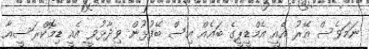
ނަމަވެސް އޭރު އެއީ އެމްޑީޕީގެ ބައެއް އިސް ބޭފުޅުން ވިދާޅުވީ އެއީ ޑިމޮކްރަސީއާ